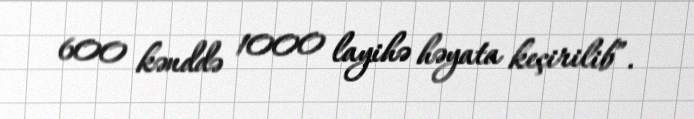
600 kənddə 1000 layihə həyata keçirilib”.